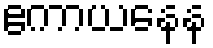
ဧကာယနေန